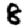
Digit: 8